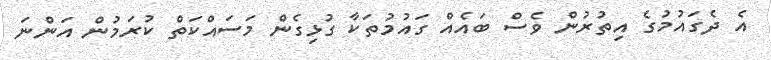
އެ ދެގައުމުގެ އިތުރުން ވެސް ބައެއް ގައުމުތަކާ ގުޅިގެން މަސައްކަތް ކުރަމުން އަންނަ